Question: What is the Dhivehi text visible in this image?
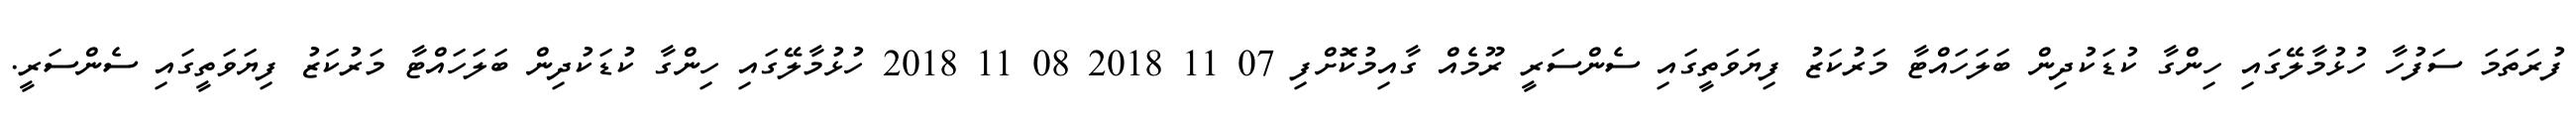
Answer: ފުރަތަމަ ސަފުހާ ހުޅުމާލޭގައި ހިންގާ ކުޑަކުދިން ބަލަހައްޓާ މަރުކަޒު ފިޔަވަތީގައި ސެންސަރީ ރޫމެއް ގާއިމުކޮށްފި 07 11 2018 08 11 2018 ހުޅުމާލޭގައި ހިންގާ ކުޑަކުދިން ބަލަހައްޓާ މަރުކަޒު ފިޔަވަތީގައި ސެންސަރީ.